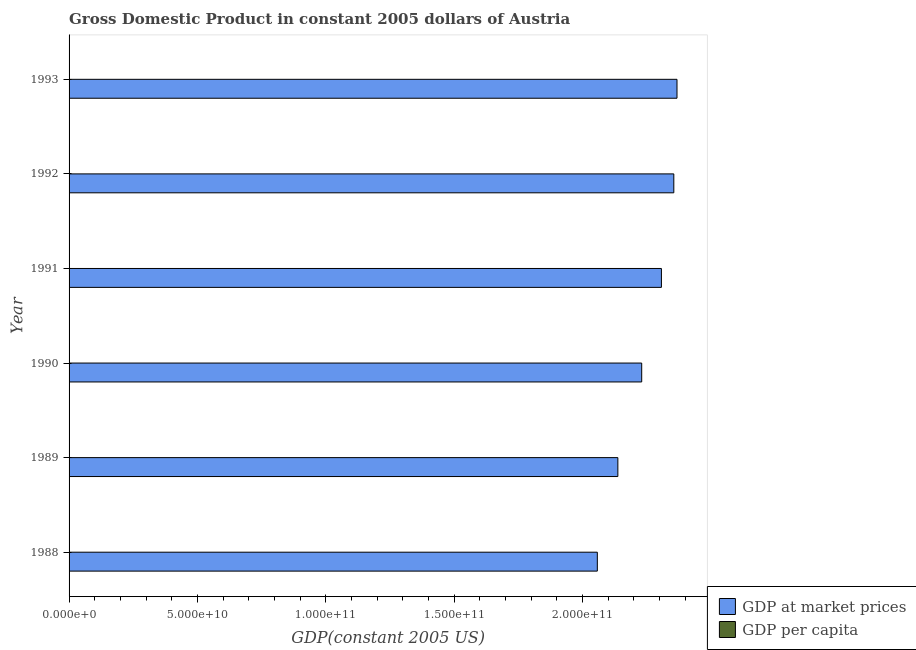
| Year | GDP at market prices | GDP per capita |
 | --- | --- | --- |
 | 1988 | 2.06e+11 | 2.71e+04 |
 | 1989 | 2.14e+11 | 2.81e+04 |
 | 1990 | 2.23e+11 | 2.91e+04 |
 | 1991 | 2.31e+11 | 2.98e+04 |
 | 1992 | 2.36e+11 | 3e+04 |
 | 1993 | 2.37e+11 | 3e+04 |